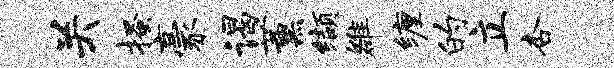
关搔豪谒薰缬雒缠的立杏